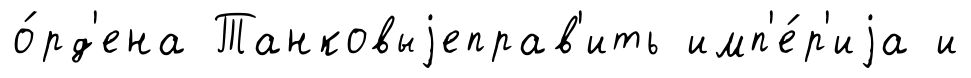
о́рд'ена Танковыjеправ'ить имп'е́р'иjа и